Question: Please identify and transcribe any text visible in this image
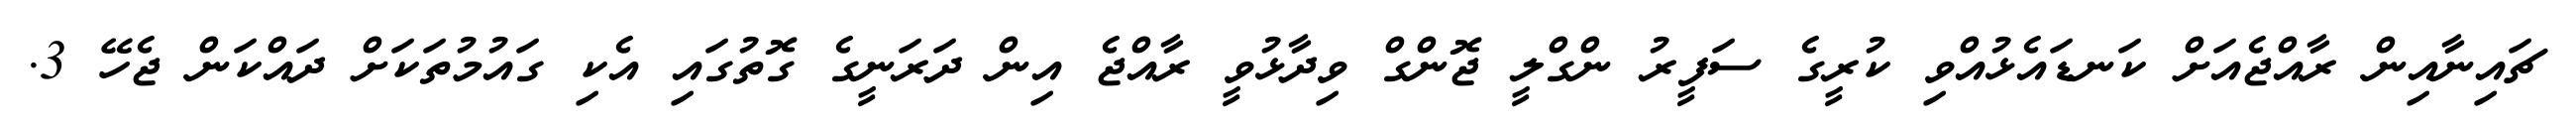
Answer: ޗައިނާއިން ރާއްޖެއަށް ކަނޑައެޅުއްވި ކުރީގެ ސަފީރު ންގްލީ ޖޮންގް ވިދާޅުވީ ރާއްޖެ އިން ދަރަނީގެ ގޮތުގައި އެކި ގައުމުތަކަށް ދައްކަން ޖެހޭ 3.